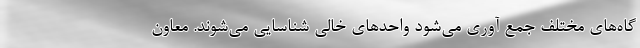
گاه‌های مختلف جمع آوری می‌شود واحد‌های خالی شناسایی می‌شوند. معاون